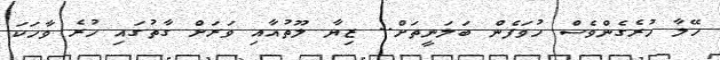
ހޭލާ ހުރެގެންވެސް ހުވަފެން ބަލަނީތަށް.. ޒިޔާ ލޫތުއާއި ވަރަށް ގާތުގައި ހުރެ ވާހަކަ